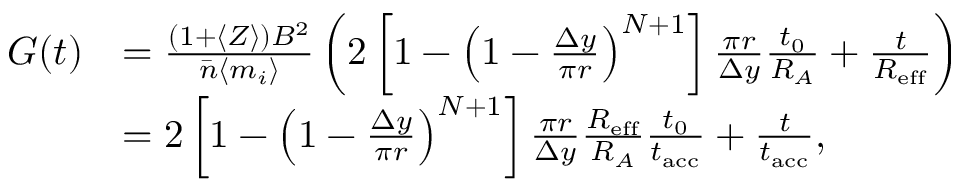
\begin{array} { r l } { G ( t ) } & { = \frac { ( 1 + \langle Z \rangle ) B ^ { 2 } } { \bar { n } \langle m _ { i } \rangle } \left( 2 \left[ 1 - \left( 1 - \frac { \Delta y } { \pi r } \right) ^ { N + 1 } \right] \frac { \pi r } { \Delta y } \frac { t _ { 0 } } { R _ { A } } + \frac { t } { R _ { \mathrm { e f f } } } \right) } \\ & { = 2 \left[ 1 - \left( 1 - \frac { \Delta y } { \pi r } \right) ^ { N + 1 } \right] \frac { \pi r } { \Delta y } \frac { R _ { \mathrm { e f f } } } { R _ { A } } \frac { t _ { 0 } } { t _ { \mathrm { a c c } } } + \frac { t } { t _ { \mathrm { a c c } } } , } \end{array}